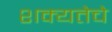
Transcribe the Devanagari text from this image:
शक्यतेचे